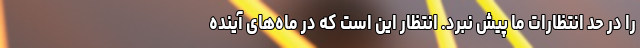
را در حد انتظارات ما پیش نبرد. انتظار این است که در ماه‌های آینده